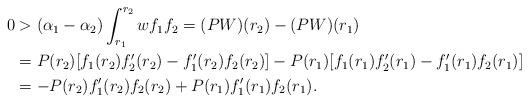
LaTeX: \begin{align*} 0&> (\alpha_1 - \alpha_2 ) \int_{r_1}^{r_2} w f_1 f_2 = (PW)(r_2) -(PW)(r_1) \\& = P(r_2) [f_1(r_2) f_2'(r_2) - f_1'(r_2) f_2(r_2) ] - P(r_1) [f_1(r_1) f_2'(r_1) - f_1'(r_1) f_2(r_1) ]\\& = -P(r_2) f_1'(r_2) f_2(r_2) + P(r_1) f_1'(r_1) f_2(r_1).\end{align*}